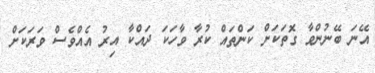
އޭނަ ބޭނުންވާ ގޮތަކަށް ކަންތައް ކުރާ ވާހަކަ ދައްކާ އިރު އެއްވެސް ވަރަކަށް